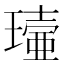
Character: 𤩖